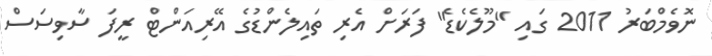
ނޮވެމްބަރު 2011 ގައި "މޫލެކެޑެ" ފަރަށް އެރި ތައިލެންޑުގެ އޭރިއަންޓް ރީފަ ސާވިސަސް